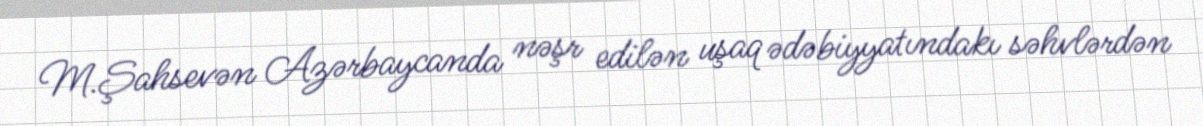
M.Şahsevən Azərbaycanda nəşr edilən uşaq ədəbiyyatındakı səhvlərdən